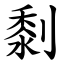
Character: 㓿